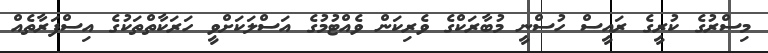
މިސްރުގެ ކުރީގެ ރައީސް ހުސްނީ މުބާރަކްގެ ވެރިކަން ވެއްޓުމުގެ އަސްލަކަށްވީ ހަރަކާތްތަކުގެ އިސްފަރާތެއް